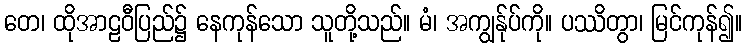
တေ၊ ထိုအာဠဝီပြည်၌ နေကုန်သော သူတို့သည်။ မံ၊ အကျွန်ုပ်ကို။ ပဿိတွာ၊ မြင်ကုန်၍။